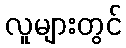
လူများတွင်